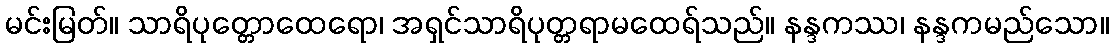
မင်းမြတ်။ သာရိပုတ္တောထေရော၊ အရှင်သာရိပုတ္တရာမထေရ်သည်။ နန္ဒကဿ၊ နန္ဒကမည်သော။